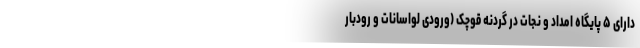
دارای ۵ پایگاه امداد و نجات در گردنه قوچک (ورودی لواسانات و رودبار